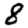
Digit: 8